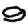
Digit: 9